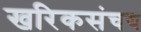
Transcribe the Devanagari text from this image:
खरिकसंचय